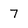
Character: 7